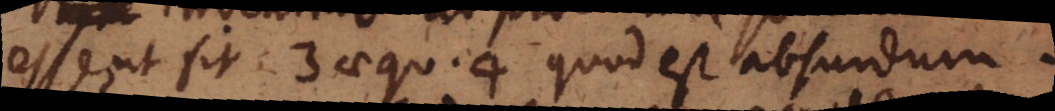
esse, ut fit 3 aequ. 4 quod est absurdum.